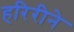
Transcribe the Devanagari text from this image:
हरिरीने